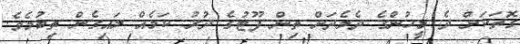
ގޮތަކަށް ދެ މީހުންގެ ދެމެދަށް ތިން ފޫޓުގެ ދުރު ކަމެއް ލައިގެން ތިބުމެވެ.